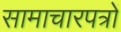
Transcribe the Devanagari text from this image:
सामाचारपत्रों